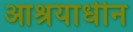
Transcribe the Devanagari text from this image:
आश्रयाधीन